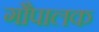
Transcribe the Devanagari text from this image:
गौपालक